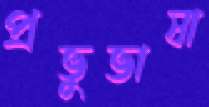
প্রভুভাষা